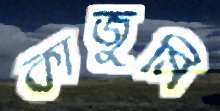
কাজুমি